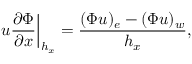
\left. u \frac { \partial \Phi } { \partial x } \right| _ { h _ { x } } = \frac { ( \Phi u ) _ { e } - ( \Phi u ) _ { w } } { h _ { x } } ,